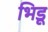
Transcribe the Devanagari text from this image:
भिडू